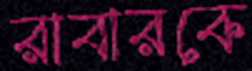
রাবারকে